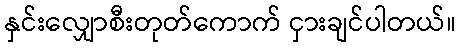
နှင်းလျှောစီးတုတ်ကောက် ငှားချင်ပါတယ်။